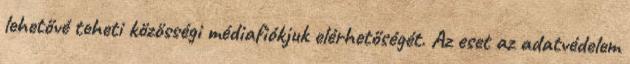
lehetővé teheti közösségi médiafiókjuk elérhetőségét. Az eset az adatvédelem